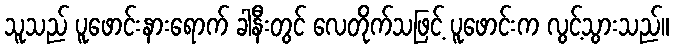
သူသည် ပူဖောင်းနားရောက် ခါနီးတွင် လေတိုက်သဖြင့် ပူဖောင်းက လွင့်သွားသည်။